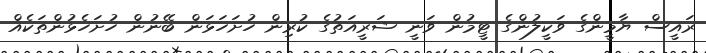
ރައީސް ޔާމީންގެ ވަކީލުންގެ ޓީމުން ވަނީ ޝަރީއަތުގެ ކުރިން ހުށަހަޅަން ބޭނުން ހުށަހެޅުންތަކެއް